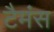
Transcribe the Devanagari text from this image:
टैमंस